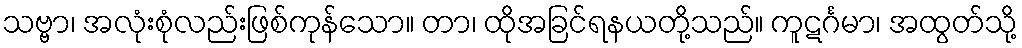
သဗ္ဗာ၊ အလုံးစုံလည်းဖြစ်ကုန်သော။ တာ၊ ထိုအခြင်ရနယတို့သည်။ ကူဋင်္ဂမာ၊ အထွတ်သို့